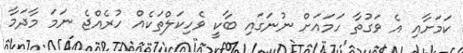
ކަމަށާއި އެ ވަގުތާ ހަމައަށް ނުނަގައި ބާކީ ވެހިކަލްތަކެއް ހުރެއްޖެ ނަމަ މާދަމާ